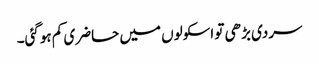
سردی بڑھی تو اسکولوں میں حاضری کم ہوگئی۔